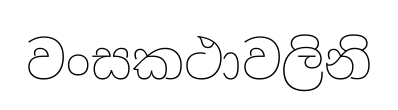
වංසකථාවලිනි